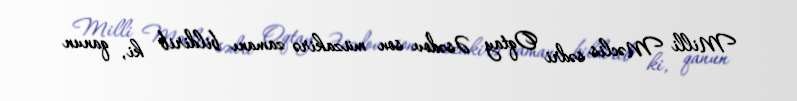
Milli Məclis sədri Oqtay Əsədov son müzakirə zamanı bildirib ki, qanun